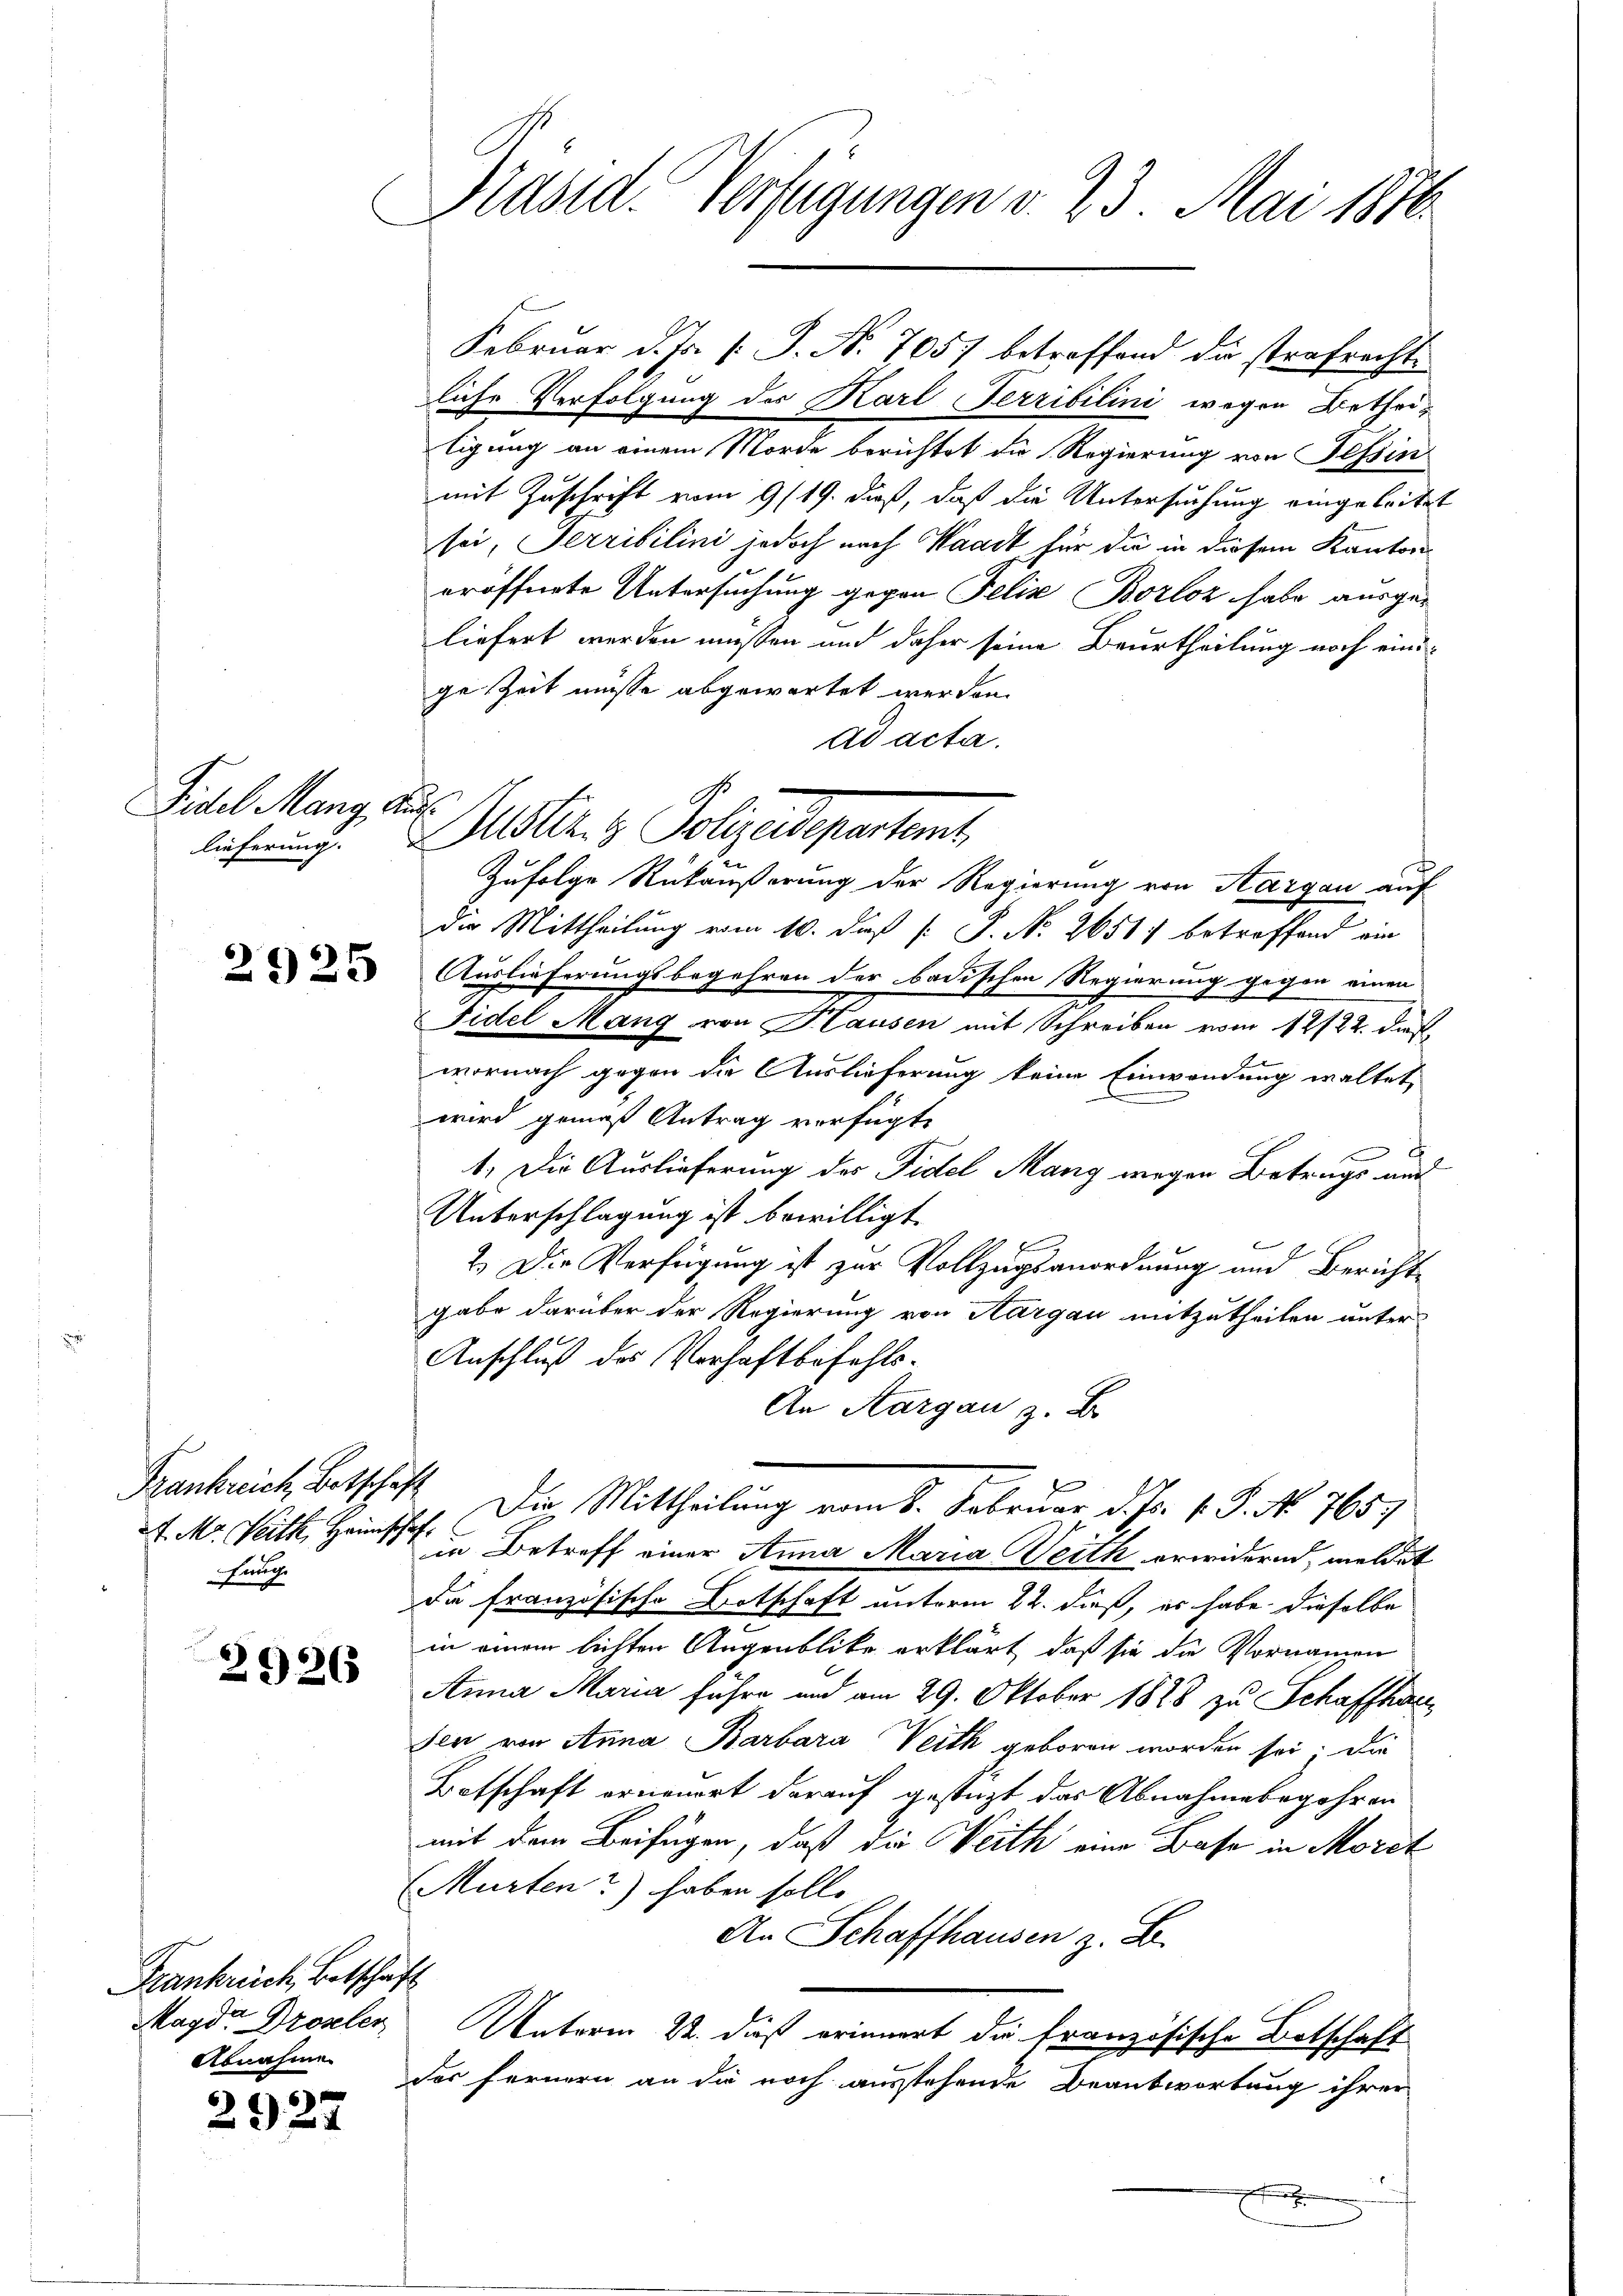
Fidel Mang, Aus
lieferung.

2925

Frankreich Betschaft
Lauch

2926

Frankrich, Betschaft
Magd. Droseler
Abnahme

2927

Präsid. Verfügungen v. 23. Mai 1876

liche Verfolgung des Karl Terribilini wegen Betheiligung an einem Morde berichtet die Regierung von Tessin
mit Zuschrift vom 9/19. dieß, daß die Untersuchung eingeleitet
sei, Terribilini jedoch nach Waadt für die in diesem Kanton
eröffnete Untersuchung gegen Felix Borloz habe ausgeliefert werden müssen und daher seine Beurtheilung noch einige Zeit müsse abgewartet werden.
ad acta.
die Mittheilung vom 10. daß [ P. No. 2651) betreffend ein
Auslieferungsbegehren der badischen Regierung gegen einen
Fidel Mang von Hausen mit Schreiben vom 12/22. ds.
wornach gegen die Auslieferung keine Einwendung waltet,
wird gemäß Antrag verfügt,
.
1.) Die Auslieferung des Fidel Mang wegen Betrags und
Unterschlagung ist bewilligt.
2.) Die Verfügung ist zur Vollzugsanordnung und Bericht-
gabe darüber der Regierung von Aargau mitzutheilen unter
Anschluß des Verhaftbefehls¬
An Aargau z. B
d
Die Mittheilung vom 8. Februar d. Js. v. P. No. 765.
F. Mr. Seith, Heim in Betreff einer Anna Maria Weith erwidernd, meldet
Da französische Botschaft unterm 22. dieß, es habe dieselbe
in einem lichten Augenblicke erklärt, daß sie die Vornamen
Anna Maria führe und am 29. Oktober 1828 zu Schaffhau
sen von Anna Barbara Veith geboren worden sei; die
Botschaft ernenort darauf gestützt das Abnahmebegehren
mit dem Beifügen, daß die Veith eine Basse in Mordt
Murten?) haben solle
An Schaffhausen z. B.
Unterm 22. dieß erinnert die französische Botschaft
der fernern an die noch ausstehende Beantwortung ihrer
 6

Februar d. Js. v. J. No. 705. betreffend die strafrechte

bler. v. Polizeigenstent
Zufolge Rückäußerung der Regierung von Aargau auf